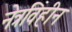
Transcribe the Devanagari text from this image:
नेत्रविहीन